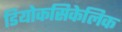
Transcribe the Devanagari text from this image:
डियोकसिकेलिक